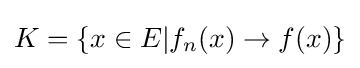
K=\{x\in E|f_{n}(x)\rightarrow f(x)\}